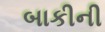
બાકીની